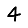
Digit: 4